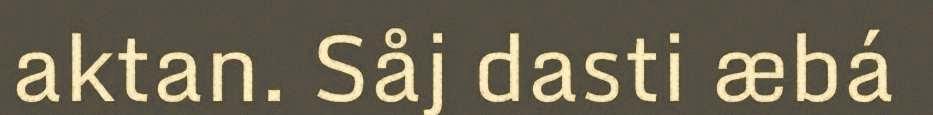
aktan. Såj dasti æbá